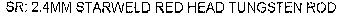
SR: 2.4MM STARWELD RED HEAD TUNGSTEN ROD